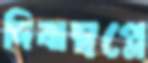
দিবাস্বপ্নে